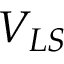
V _ { L S }